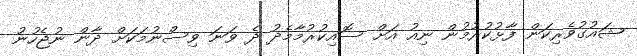
ޝައުގުވެރިކަން ފާޅުކުރުމުން ނިއު އަށް ސޮއިކުރުމާމެދު ދެ ވަނަ ވިސްނުމަކަށް ދާން ނުޖެހުނު